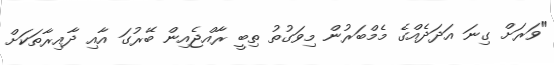
"ވަރަށް ގިނަ އަދަދެއްގެ މެމްބަރުން މިވަގުތު ތިބީ ރާއްޖެއިން ބޭރުގަ އާއި ދާއިރާތަކަށް